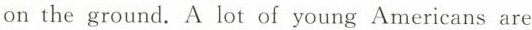
on the ground. A lot of young Americans are